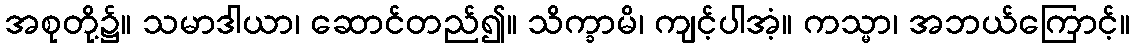
အစုတို့၌။ သမာဒါယာ၊ ဆောင်တည်၍။ သိက္ခာမိ၊ ကျင့်ပါအံ့။ ကသ္မာ၊ အဘယ်ကြောင့်။